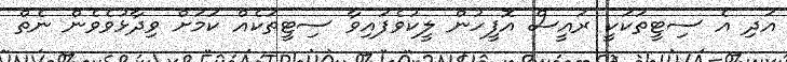
އަދި އެ ސިޓީތަކަކީ ރައީސް އޮފީހުން ލީކުވެފައިވާ ސިޓީތަކެއް ކަމަށް ވިދާޅުވެވެން ނެތް